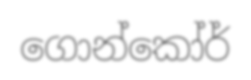
ගොන්කෝර්